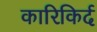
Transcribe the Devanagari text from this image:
कारिकिर्द